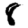
Digit: 8